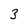
Character: 3